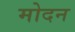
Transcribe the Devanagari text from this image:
मोदन